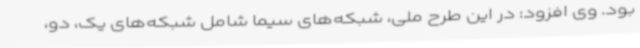
بود. وی افزود: در این طرح ملی، شبکه‌های سیما شامل شبکه‌های یک، دو،